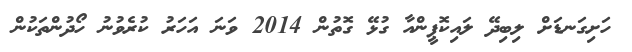
ހަށިގަނޑަށް ލިބިދޭ ލައިކޮޕީންއާ ގުޅޭ ގޮތުން 2014 ވަނަ އަހަރު ކުރެވުނު ހޯދުންތަކުން